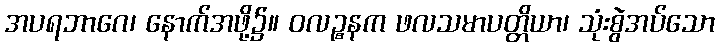
အပရဘာဂေ၊ နောက်အဖို့၌။ ဝလဉ္စနက ဖလသမာပတ္တိယာ၊ သုံးစွဲအပ်သော